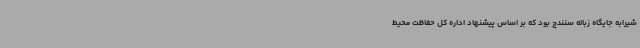
شیرابه جایگاه زباله سنندج بود که بر اساس پیشنهاد اداره کل حفاظت محیط